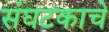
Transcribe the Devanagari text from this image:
संघटकाचे